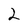
Character: 2